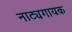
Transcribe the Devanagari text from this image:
नाट्यगायक